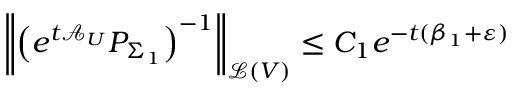
\left\Vert \left( e ^ { t \mathcal { A } _ { U } } P _ { \Sigma _ { 1 } } \right) ^ { - 1 } \right\Vert _ { \mathcal { L } ( V ) } \leq C _ { 1 } e ^ { - t ( \beta _ { 1 } + \varepsilon ) }